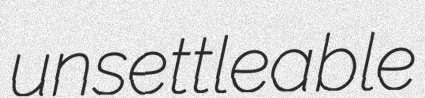
unsettleable